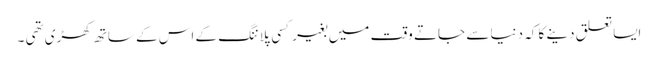
ایسا تعلق دینے کا کہ دنیا سے جاتے وقت میں بغیر کسی پلاننگ کے اس کے ساتھ کھڑی تھی ۔